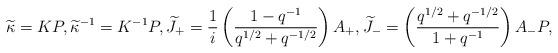
LaTeX: \begin{align*} \widetilde{\kappa}=KP,\widetilde{\kappa}^{-1}=K^{-1}P,\widetilde{J}_{+}=\frac{1}{i}\left(\frac{1-q^{-1}}{q^{1/2}+q^{-1/2}}\right)A_{+},\widetilde{J}_{-}=\left(\frac{q^{1/2}+q^{-1/2}}{1+q^{-1}}\right)A_{-}P,\end{align*}